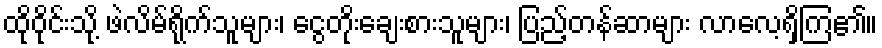
ထိုဝိုင်းသို့ ဖဲလိမ်ရိုက်သူများ၊ ငွေတိုးချေးစားသူများ၊ ပြည့်တန်ဆာများ လာလေ့ရှိကြ၏။